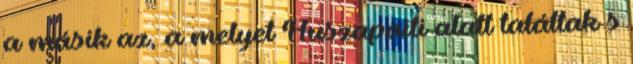
a másik az, a melyet Huszapaiti alatt találtak s